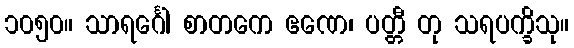
၁၀၅၀။ သာရင်္ဂေါ စာတကေ ဧဏေ၊ ပတ္တီ တု သရပက္ခိသု။